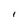
Character: I